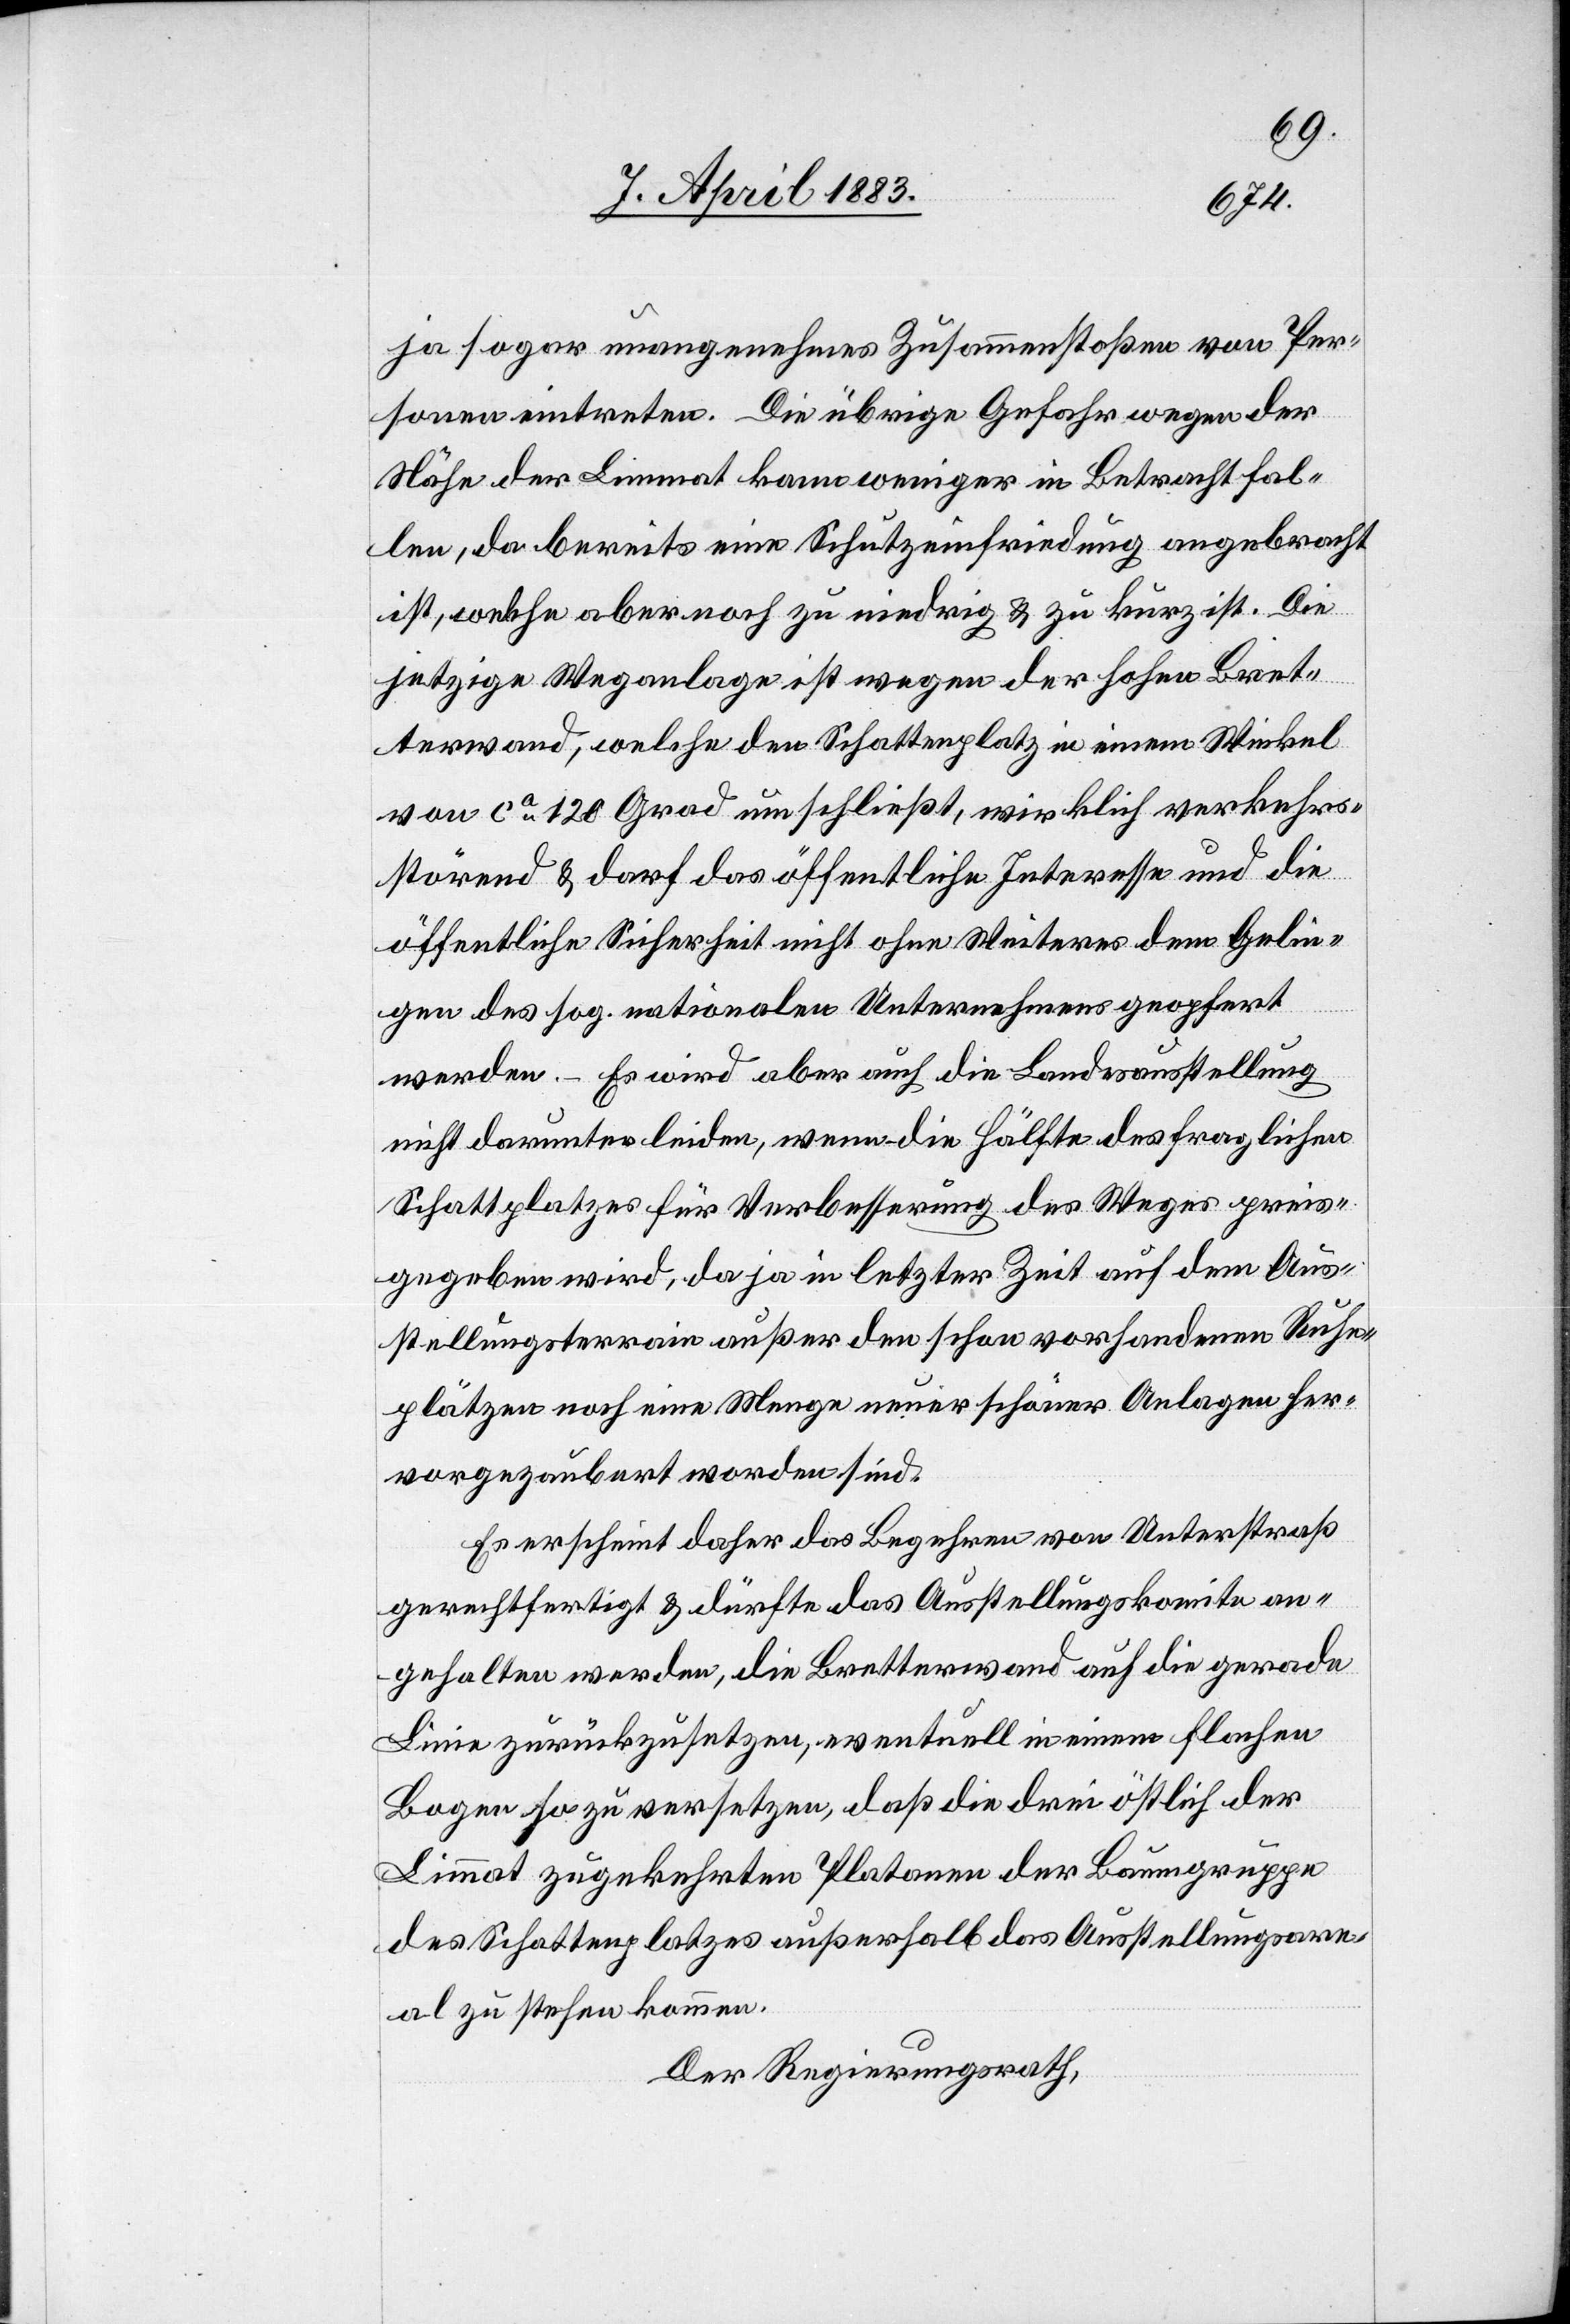
ja sogar unangenehmes Zusammenstoßen von Per¬
sonen eintreten. Die übrige Gefahr wegen der
Nähe der Limmat kann weniger in Betracht fal¬
len, da bereits eine Schutzeinfriedung angebracht
ist, welche aber noch zu niedrig & zu kurz ist. Die
jetzige Weganlage ist wegen der hohen Bret¬
terwand, welche den Schattenplatz in einem Winkel
von ca 120 Grad umschließt, wirklich verkehrs¬
störend & darf das öffentliche Interesse und die
öffentliche Sicherheit nicht ohne Weiteres dem Gelin¬
gen des sog. nationalen Unternehmens geopfert
werden. – Es wird aber auch die Landesausstellung
nicht darunter leiden, wenn die Hälfte des fraglichen
Schattplatzes für Verbesserung des Weges preis¬
gegeben wird, da ja in letzter Zeit auf dem Aus¬
stellungsterrain außer den schon vorhandenen Ruhe¬
plätzen noch eine Menge neuer schöner Anlagen her¬
vorgezaubert worden sind.
Es erscheint daher das Begehren von Unterstraß
gerechtfertigt & dürfte das Ausstellungskomite an¬
gehalten werden, die Bretterwand auch die gerade
Linie zurückzusetzen, eventuell in einem flachen
Bogen so zu versetzen, daß die drei östlich der
Limmat zugekehrten Platanen der Baumgruppe
des Schattenplatzes außerhalb das Ausstellungsare¬
al zu stehen kommen.
Der Regierungsrath,